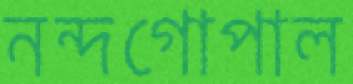
নন্দগোপাল